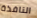
النافذة